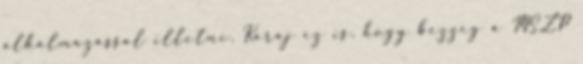
alkalmazással illetni. Karaj ez is, hogy bezzeg a MSZP